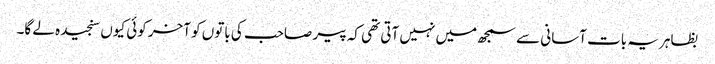
بظاہر یہ بات آسانی سے سمجھ میں نہیں آتی تھی کہ پیر صاحب کی باتوں کو آخر کوئی کیوں سنجیدہ لے گا۔